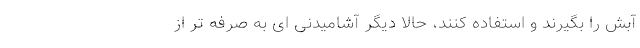
آبش را بگیرند و استفاده کنند، حالا دیگر آشامیدنی ای به صرفه تر از